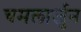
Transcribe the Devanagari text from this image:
चमलार्जुन